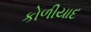
કોળીયાદ